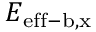
E _ { \mathrm { e f f - b , x } }